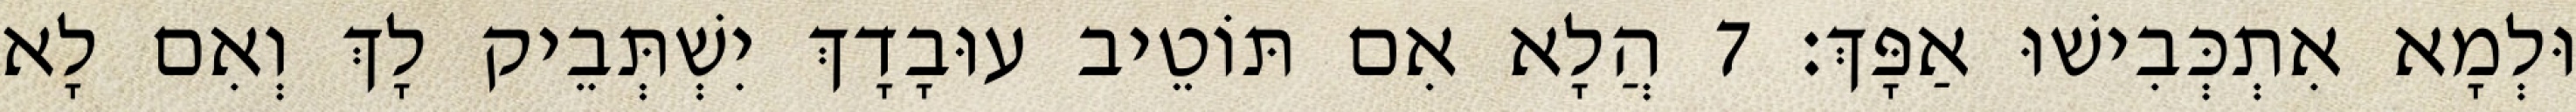
וּלְמָא אִתְכְּבִישׁוּ אַפָּךְ׃ 7 הֲלָא אִם תּוֹטֵיב עוּבָדָךְ יִשְׁתְּבֵיק לָךְ וְאִם לָא